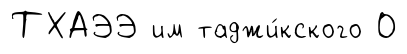
ТХАЭЭ им таджи́кского О